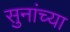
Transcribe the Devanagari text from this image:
सुनांच्या